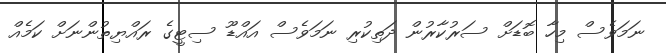
ނަމަވެސް މިހާ ބޮޑަށް ސަރުކާރުން ދަތިކުރި ނަަމަވެސް އައްޑޫ ސިޓީގެ ރައްޔިތުންނަށް ކަމެއް